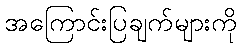
အကြောင်းပြချက်များကို